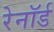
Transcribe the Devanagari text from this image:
रेनॉर्ड